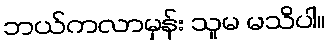
ဘယ်ကလာမှန်း သူမ မသိပါ။